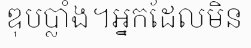
ឌុបប្លាំង។អ្នកដែលមិន